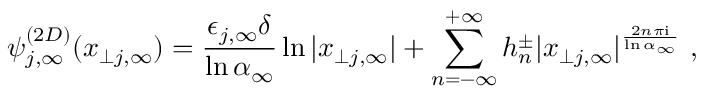
\psi _ { j , \infty } ^ { ( 2 D ) } ( x _ { \perp j , \infty } ) = \frac { \epsilon _ { j , \infty } \delta } { \ln \alpha _ { \infty } } \ln | x _ { \perp j , \infty } | + \sum _ { n = - \infty } ^ { + \infty } h _ { n } ^ { \pm } | x _ { \perp j , \infty } | ^ { \frac { 2 n \pi \mathrm { i } } { \ln \alpha _ { \infty } } } ~ ,